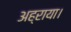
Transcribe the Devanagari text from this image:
अह्राया।